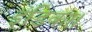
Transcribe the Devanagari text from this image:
इंडिका।